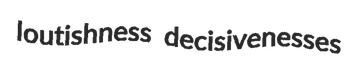
loutishness decisivenesses